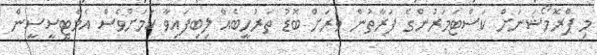
މި ޕްރޮމޯޝަނަށް ކަސްޓަމަރުންގެ ފަރާތުން ވަރަށް ބޮޑު ތަރުހީބެއް ލިބިފައިވާ ކަމަށްވެސް އެމްޓީސީސީން